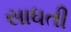
સાધતી